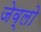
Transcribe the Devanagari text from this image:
जेव्लो